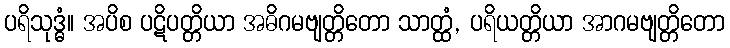
ပရိသုဒ္ဓံ။ အပိစ ပဋိပတ္တိယာ အဓိဂမဗျတ္တိတော သာတ္ထံ, ပရိယတ္တိယာ အာဂမဗျတ္တိတော